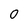
Character: O